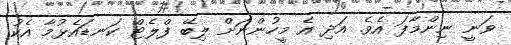
ވަނީ ނިންމާފަ އެވެ. އަދި އެ މީހުންނަށް ލިބޭ ފްލެޓް ކަނޑައެޅުމާ އެކު